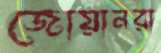
জোয়ানরা